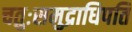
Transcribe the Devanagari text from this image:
चतुःसमुद्राधिपति